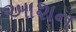
આશન